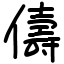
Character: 儔